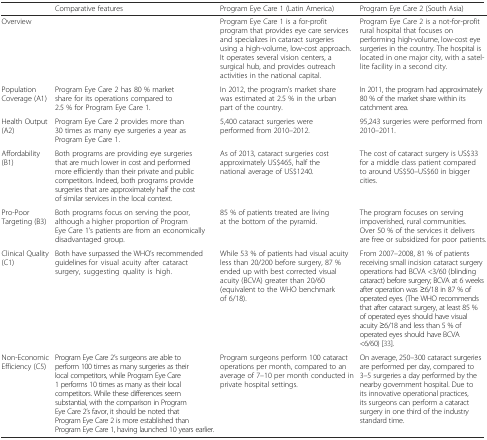
<table><thead><tr><td></td><td><b>Comparative features</b></td><td><b>Program Eye Care 1 (Latin America)</b></td><td><b>Program Eye Care 2 (South Asia)</b></td></tr></thead><tbody><tr><td>Overview</td><td></td><td>Program Eye Care 1 is a for-profit program that provides eye care services and specializes in cataract surgeries using a high-volume, low-cost approach. It operates several vision centers, a surgical hub, and provides outreach activities in the national capital.</td><td>Program Eye Care 2 is a not-for-profit rural hospital that focuses on performing high-volume, low-cost eye surgeries in the country. The hospital is located in one major city, with a satellite facility in a second city.</td></tr><tr><td>Population Coverage (A1)</td><td>Program Eye Care 2 has 80 % market share for its operations compared to 2.5 % for Program Eye Care 1.</td><td>In 2012, the program’s market share was estimated at 2.5 % in the urban part of the country.</td><td>In 2011, the program had approximately 80 % of the market share within its catchment area.</td></tr><tr><td>Health Output (A2)</td><td>Program Eye Care 2 provides more than 30 times as many eye surgeries a year as Program Eye Care 1.</td><td>5,400 cataract surgeries were performed from 2010–2012.</td><td>95,243 surgeries were performed from 2010–2011.</td></tr><tr><td>Affordability (B1)</td><td>Both programs are providing eye surgeries that are much lower in cost and performed more efficiently than their private and public competitors. Indeed, both programs provide surgeries that are approximately half the cost of similar services in the local context.</td><td>As of 2013, cataract surgeries cost approximately US$465, half the national average of US$1240.</td><td>The cost of cataract surgery is US$33 for a middle class patient compared to around US$50–US$60 in bigger cities.</td></tr><tr><td>Pro-Poor Targeting (B3)</td><td>Both programs focus on serving the poor, although a higher proportion of Program Eye Care 1’s patients are from an economically disadvantaged group.</td><td>85 % of patients treated are living at the bottom of the pyramid.</td><td>The program focuses on serving impoverished, rural communities. Over 50 % of the services it delivers are free or subsidized for poor patients.</td></tr><tr><td>Clinical Quality (C1)</td><td>Both have surpassed the WHO’s recommended guidelines for visual acuity after cataract surgery, suggesting quality is high.</td><td>While 53 % of patients had visual acuity less than 20/200 before surgery, 87 % ended up with best corrected visual acuity (BCVA) greater than 20/60 (equivalent to the WHO benchmark of 6/18).</td><td>From 2007–2008, 81 % of patients receiving small incision cataract surgery operations had BCVA &lt;3/60 (blinding cataract) before surgery; BCVA at 6 weeks after operation was ≥6/18 in 87 % of operated eyes. (The WHO recommends that after cataract surgery, at least 85 % of operated eyes should have visual acuity ≥6/18 and less than 5 % of operated eyes should have BCVA &lt;6/60) [33].</td></tr><tr><td>Non-Economic Efficiency (C5)</td><td>Program Eye Care 2’s surgeons are able to perform 100 times as many surgeries as their local competitors, while Program Eye Care 1 performs 10 times as many as their local competitors. While these differences seem substantial, with the comparison in Program Eye Care 2’s favor, it should be noted that Program Eye Care 2 is more established than Program Eye Care 1, having launched 10 years earlier.</td><td>Program surgeons perform 100 cataract operations per month, compared to an average of 7–10 per month conducted in private hospital settings.</td><td>On average, 250–300 cataract surgeries are performed per day, compared to 3–5 surgeries a day performed by the nearby government hospital. Due to its innovative operational practices, its surgeons can perform a cataract surgery in one third of the industry standard time.</td></tr></tbody></table>